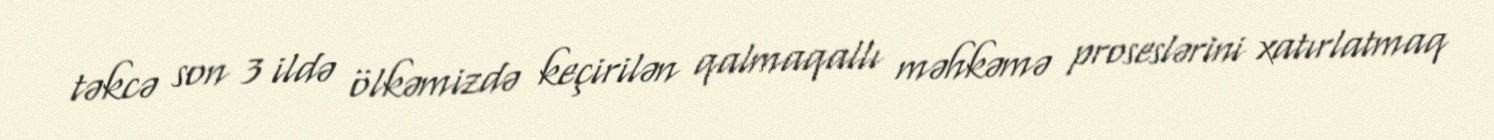
təkcə son 3 ildə ölkəmizdə keçirilən qalmaqallı məhkəmə proseslərini xatırlatmaq